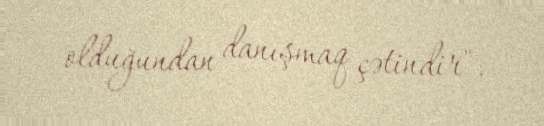
olduğundan danışmaq çətindir".